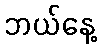
ဘယ်နေ့